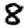
Digit: 8